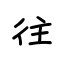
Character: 往